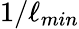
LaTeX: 1/\ell_{min}